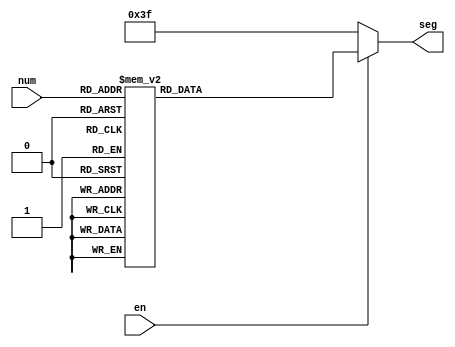
module seg_7 (
    input      [3:0] num,
    input            en,
    output reg [6:0] seg
  );
  always @(num or en)
    if (!en) seg <= 7'h3f;
    else
      case (num)
      4'h0: seg <= {1'b1,1'b0,1'b0,1'b0,1'b0,1'b0,1'b0};
      4'h1: seg <= {1'b1,1'b1,1'b1,1'b1,1'b0,1'b0,1'b1};
      4'h2: seg <= {1'b0,1'b1,1'b0,1'b0,1'b1,1'b0,1'b0};
      4'h3: seg <= {1'b0,1'b1,1'b1,1'b0,1'b0,1'b0,1'b0};
      4'h4: seg <= {1'b0,1'b0,1'b1,1'b1,1'b0,1'b0,1'b1};
      4'h5: seg <= {1'b0,1'b0,1'b1,1'b0,1'b0,1'b1,1'b0};
      4'h6: seg <= {1'b0,1'b0,1'b0,1'b0,1'b0,1'b1,1'b0};
      4'h7: seg <= {1'b1,1'b1,1'b1,1'b1,1'b0,1'b0,1'b0};
      4'h8: seg <= {1'b0,1'b0,1'b0,1'b0,1'b0,1'b0,1'b0};
      4'h9: seg <= {1'b0,1'b0,1'b1,1'b0,1'b0,1'b0,1'b0};
      4'ha: seg <= {1'b0,1'b0,1'b0,1'b1,1'b0,1'b0,1'b0};
      4'hb: seg <= {1'b0,1'b0,1'b0,1'b0,1'b0,1'b1,1'b1};
      4'hc: seg <= {1'b0,1'b1,1'b0,1'b0,1'b1,1'b1,1'b1};
      4'hd: seg <= {1'b0,1'b1,1'b0,1'b0,1'b0,1'b0,1'b1};
      4'he: seg <= {1'b0,1'b0,1'b0,1'b0,1'b1,1'b1,1'b0};
      4'hf: seg <= {1'b0,1'b0,1'b0,1'b1,1'b1,1'b1,1'b0};
      endcase
endmodule